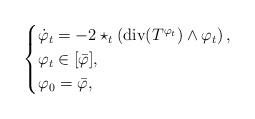
LaTeX: \begin{align*}\begin{cases}\dot{\varphi}_t=-2\star_t\left(\mathrm{div}(T^{\varphi_t})\wedge\varphi_t\right),\\\varphi_t\in[\bar{\varphi}],\\\varphi_0=\bar{\varphi},\end{cases}\end{align*}